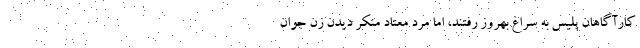
کارآگاهان پلیس به سراغ بهروز رفتند، اما مرد معتاد منکر دیدن زن جوان